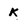
Character: k